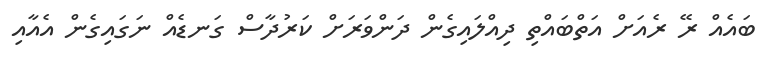
ބައެއް ރޭ ރެއަށް އަތްބައްތި ދިއްލައިގެން ދަންވަރަށް ކަރުދާސް ގަނޑެއް ނަގައިގެން އެއާއި